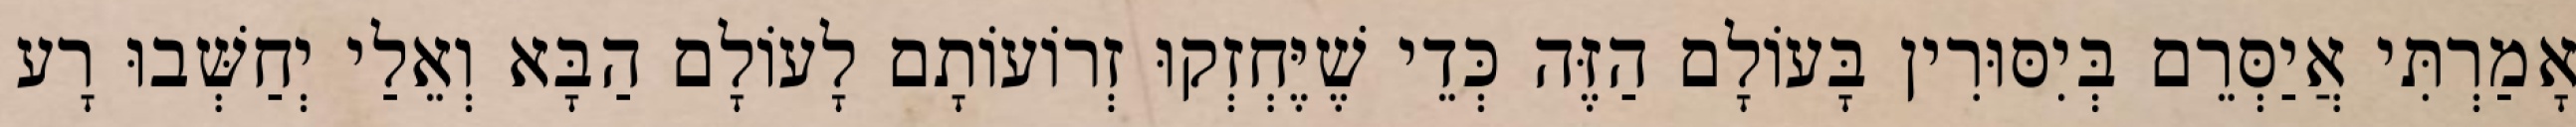
אָמַרְתִּי אֲיַסְּרֵם בְּיִסּוּרִין בָּעוֹלָם הַזֶּה כְּדֵי שֶׁיֶּחְזְקוּ זְרוֹעוֹתָם לָעוֹלָם הַבָּא וְאֵלַי יְחַשְּׁבוּ רָע